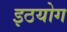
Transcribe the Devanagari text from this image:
इठयोग